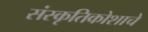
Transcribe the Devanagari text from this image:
संस्कृतिकोशाचे